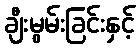
ချီးမွမ်းခြင်းနှင့်